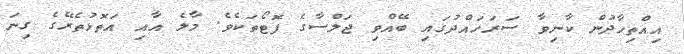
އިއްތިހާދުން ކާނިވާ ސަރަހައްދުގައި ބޭއްވި ޖަލްސާގެ ފޮޓޯތަކެވެ. މާލެ އާއި އަތޮޅުތެރޭގެ ގިނަ